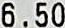
6.50